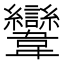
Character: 𩏹